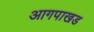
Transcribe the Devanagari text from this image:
आगपाखड